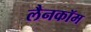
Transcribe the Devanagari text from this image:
लैनकॉम